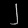
Digit: ၂